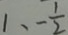
1 、 - \frac { 1 } { 2 }